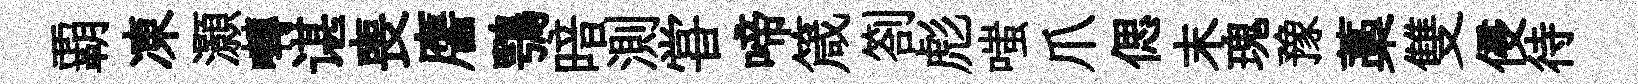
覇凍灝囀谌喪譍鶚暗測甞啼箴劄彪嗤爪偲末瑰豫藁雙侵待